Vaccination in the Punjab 1867-1880 - 1867-1880
Year: 1867
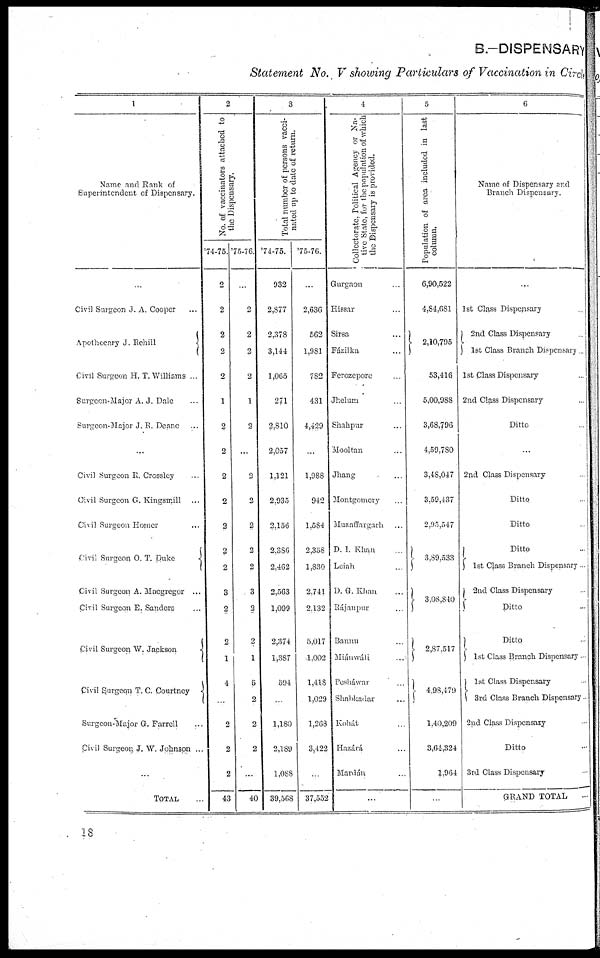
B.—DISPENSARY
Statement No. V showing Particulars of Vaccination in Circles
1
Name and Rank of
Superintendent of Dispensary,
...
Civil Surgeon J. A. Cooper ...
Apothecary J. Rehill
...z
Civil Surgeon H. T. Williams ...
Surgeon-Major A. J. Dale ...
Surgeon-Major J. E. Deane ...
...
Civil Surgeon R. Crossley ...
Civil Surgeon G. Kingsmill ...
Civil Surgeon Homer ...
Civil Surgeon O. T. Duke
...
Civil Surgeon A. Macgregor ...
Civil Surgeon E. Sanders ...
Civil Surgeon W. Jackson
...
Civil Surgeon T. C. Courtney ...
Surgeon-Major G. Farrell ...
Civil Surgeon J. W. Johnson ...
...
TOTAL ...
2
No. of vaccinators attached to
the Dispensary.
'74.75.
2
2
2
2
2
1
2
2
2
2
2
2
2
3
2
2
1
4
...
2
2
2
43
'75.76.
...
2
2
2
2
1
2
2
2
2
2
2
3
2
2
1
6
2
2
2
...
40
3
Total number of persons vacci¬
nated up to date of return.
'74.75.
932
2,877
2,378
3,144
1,065
271
2,810
2,057
1,121
2.935
2,156
2,386
2,462
2,563
1,099
2,374
1,387
594
...
1,180
2,189
1,088
39,568
'75.76.
...
2,636
562
1,981
782
431
4,429
1,988
942
1,584
2,358
1,830
2,741
2,132
5,017
1.002
1,418
1,029
1,268
3,422
...
37,552
4
Collectorate Political Agency or Na¬
live State, for the population of which
the Dispensary is provided.
Gnrgaon ...
Hissar ...
Sirsa ...
Fázilka ...
Ferozepore ...
Jhelum
...
Shahpur ...
Mooltan ...
Jhang ...
Montgomery ...
Muzaffargarh ...
D. I. Khan ...
Leiah ...
D. G. Khan ...
Rájanpur ...
Bannu ...
Mián wáll ...
Pesháwar ...
Shabkadar ...
Kohát ...
Hazárá ...
Mardán ...
...
5
Population of area included in last
column.
6,90,522
4,84,681
2,10,795
53,416
5,00,988
3,68,796
4,59,780
3,48,047
3,59,437
2,95,547
3,89,533
3,08,840
2,87,517
4,98,479
1,40,209
3,61,324
1,964
...
6
Name of Dispensary and
Branch Dispensary.
...
1st Class Dispensary
2nd Class Dispensary
1st Class Branch Dispensary .
1st Class Dispensary ...
2nd Class Dispensary ..
Ditto ...
...
2nd Class Dispensary ...
Ditto
Ditto
Ditto ...
1st Class Branch Dispensary ...
2nd Class Dispensary
Ditto ...
Ditto
1st Class Branch Dispensary ..
1st Class Dispensary ...
3rd Class Branch Dispensary .
2nd Class Dispensary ...
Ditto ...
3rd Class Dispensary ...
GRAND TOTAL
...
18